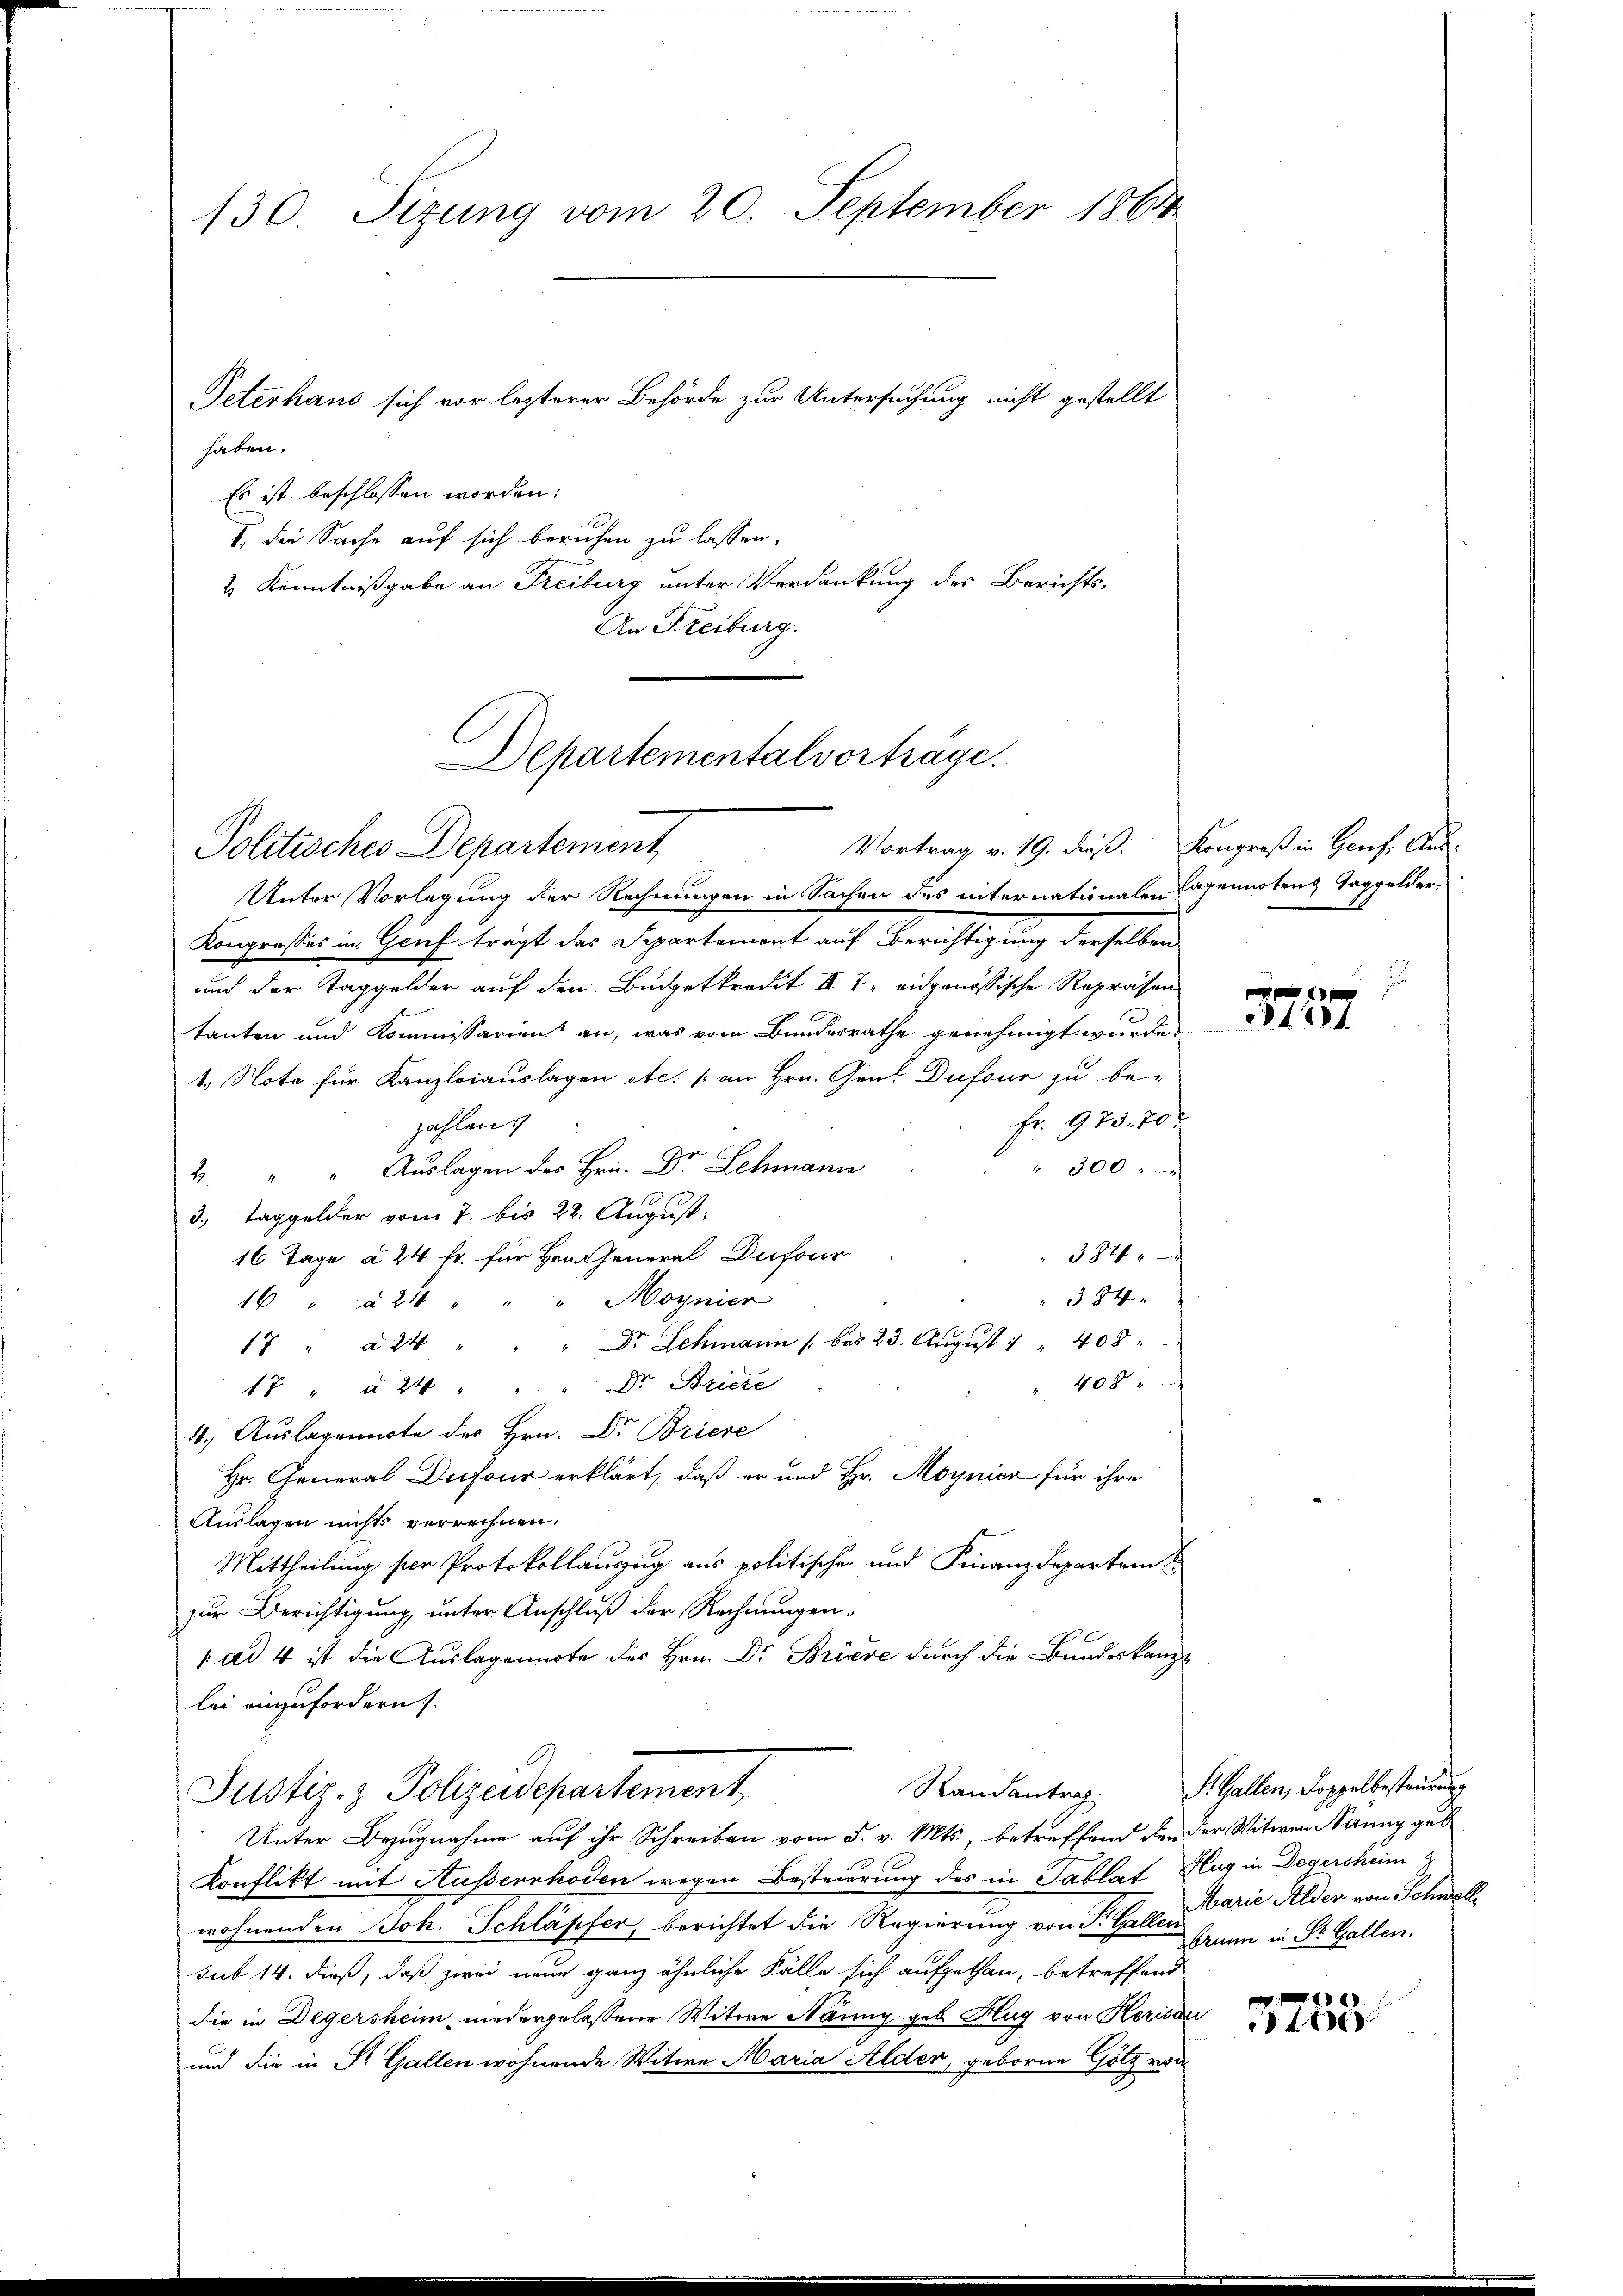
130. Sizung vom 20. September 1861

haben.
Es ist beschlossen worden:
I. die Sache auf sich beruhen zu lassen.
2 Kenntnißgabe an Freiburg unter Verdankung des Berichts-
An Freiburg.
Unter Vorlegung der Rechnungen in Sachen des internationalen Capennoten Taggelder-
Konpresses in Genf trägt das Departement auf Berichtigung derselben
und der Taggelder auf den Budgetkredit III 7, eidgenössische Repräsen
tanten und Kommissarien an, was vom Bundesrathe genehmigt wurde
1. Nota für Kanzleiauslagen etc. / an Hrn. Gent Dufour zu be-
Fr. 973. 70.
zahlen.
" 300 " "
2 " " Aŭslagen des Hrn. Dr Schmann
3. Taggelder vom 7. bis 22. August.
3840
16 Tage à 24 fr. für Hrn. General Dufour
384
16 " " 24 " " " Moynier
17 " à 24 " " " Dr. Schmann 1 bis 23. Aŭgŭst " " 408:
404.
17 " à 24 " " " Dr. Briere
4., Auslagennote des Hrn. Dr Briere
Hr. General Dufour erklärt, daß er und Hr. Moynier für ihre
Auslagen nichts verrechnen.
Mittheilung ser Protokollauszug aus politischen und Finanzdepartem
zur Berichtigung unter Anschluß der Rechnungen¬
 ad 4 ist die Auslagennote des Hrn. Dr Briere durch die Bundeskanzlei einzufordern
Randantrag
Justiz- & Polizeidepartement
Unter Bezugnahme auf ihr Schreiben vom 5. v. Mts., betreffend den der Witwen Nanny geb
Konflikt mit Ausserrhoden wegen Besteuerung des in Tablat Hug in Degersheim
wohnenden Joh. Schläpfer, berichtet die Regierung von St. Gallen samme in St. Gallen.
sub 14. dieß, daß zwei neue ganz ähnliche Fälle sich aufgethan, betreffend
die in Degersheim niedergelassene Witwe Näning geb. Hug von Herisau
und die in Dr. Gallen wohnende Witwe Maria Alder, geborne Götz von

Peterhaus sich vor lezterer Behörde zur Untersuchung nicht gestellt

Departementalvortrage.
Vortrag v. 19. dieß.
Politisches Departement

Kongreß in Genf. Aus¬

E
e
121

S. Gallen, Doppelbesteurung
Marie Gelder von Schwell

e
4